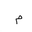
Letter: _mim